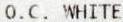
O.C. WHITE